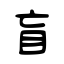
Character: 盲